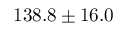
1 3 8 . 8 \pm 1 6 . 0